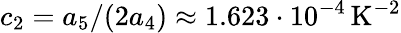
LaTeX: c_{2}=a_{5}/(2a_{4})\approx 1.623\cdot 10^{-4}\, \mathrm{K}^{-2}